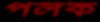
পলক